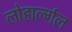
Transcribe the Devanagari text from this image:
लोहार्ल्गल